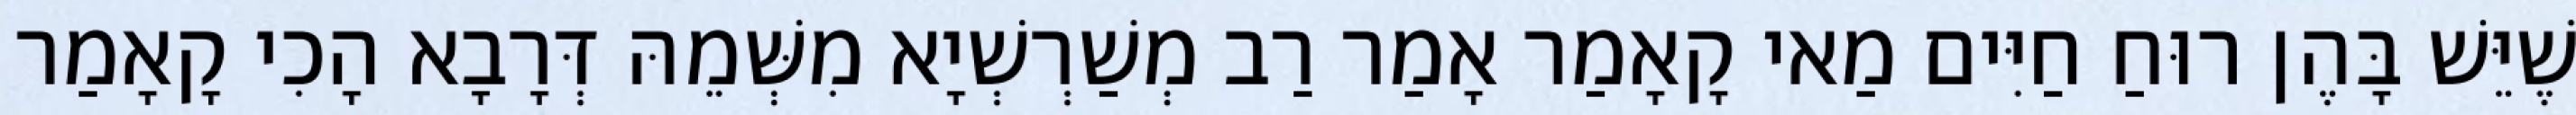
שֶׁיֵּשׁ בָּהֶן רוּחַ חַיִּים מַאי קָאָמַר אָמַר רַב מְשַׁרְשְׁיָא מִשְּׁמֵהּ דְּרָבָא הָכִי קָאָמַר